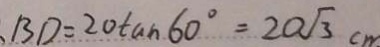
B D = 2 0 \tan 6 0 ^ { \circ } = 2 0 \sqrt { 3 } c m